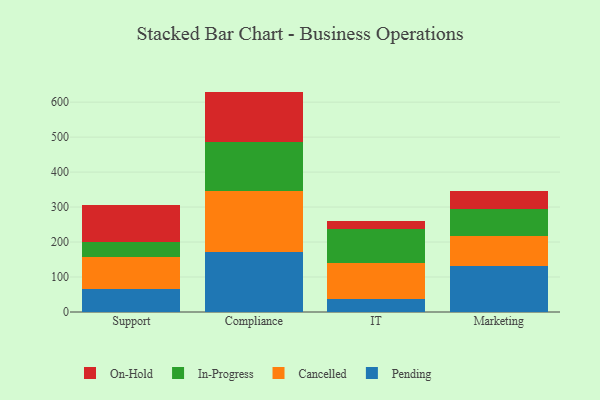
{"axis": {"x": "Department", "y": "Website Visitors"}, "legend": ["Cancelled", "In-Progress", "On-Hold", "Pending"], "data": [{"x": "Support", "y": 65.9, "type": "Pending"}, {"x": "Support", "y": 92.6, "type": "Cancelled"}, {"x": "Support", "y": 42.1, "type": "In-Progress"}, {"x": "Support", "y": 105.6, "type": "On-Hold"}, {"x": "Compliance", "y": 172.9, "type": "Pending"}, {"x": "Compliance", "y": 174.3, "type": "Cancelled"}, {"x": "Compliance", "y": 138.6, "type": "In-Progress"}, {"x": "Compliance", "y": 144.3, "type": "On-Hold"}, {"x": "IT", "y": 38.0, "type": "Pending"}, {"x": "IT", "y": 103.4, "type": "Cancelled"}, {"x": "IT", "y": 96.3, "type": "In-Progress"}, {"x": "IT", "y": 21.6, "type": "On-Hold"}, {"x": "Marketing", "y": 132.3, "type": "Pending"}, {"x": "Marketing", "y": 83.6, "type": "Cancelled"}, {"x": "Marketing", "y": 79.7, "type": "In-Progress"}, {"x": "Marketing", "y": 51.0, "type": "On-Hold"}]}